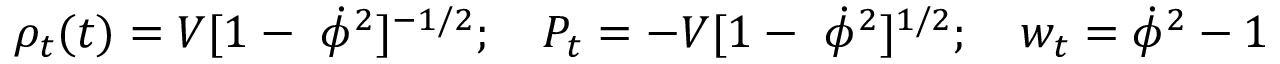
\rho _ { t } ( t ) = V [ 1 - \ \dot { \phi } ^ { 2 } ] ^ { - 1 / 2 } ; \quad P _ { t } = - V [ 1 - \ \dot { \phi } ^ { 2 } ] ^ { 1 / 2 } ; \quad w _ { t } = \dot { \phi } ^ { 2 } - 1